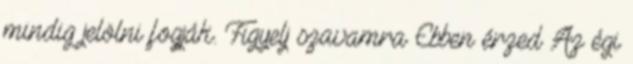
mindig jelölni fogják. Figyelj szavamra Ebben érzed Az égi